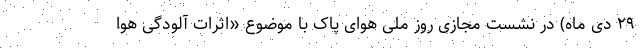
۲۹ دی ماه) در نشست مجازی روز ملی هوای پاک با موضوع «اثرات آلودگی هوا